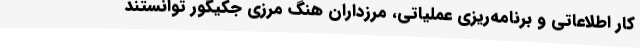
کار اطلاعاتی و برنامه‌ریزی عملیاتی، مرزداران هنگ مرزی جکیگور توانستند